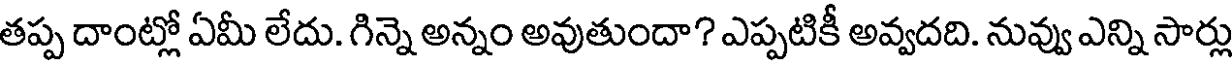
తప్ప దాంట్లో ఏమీ లేదు. గిన్నె అన్నం అవుతుందా? ఎప్పటికీ అవ్వదది. నువ్వు ఎన్ని సార్లు